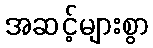
အဆင့်များစွာ